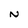
Character: N